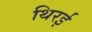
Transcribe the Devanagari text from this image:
थिरई